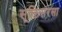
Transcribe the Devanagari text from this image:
सूक्तिसरसा